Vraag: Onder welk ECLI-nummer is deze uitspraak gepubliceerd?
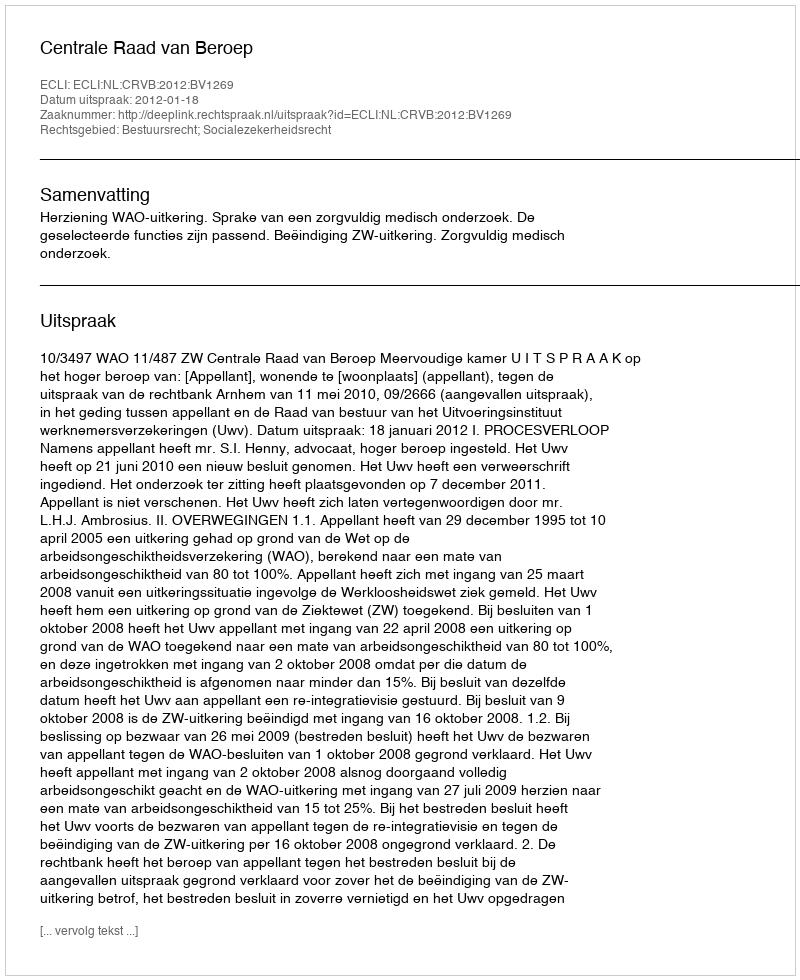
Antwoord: ECLI:NL:CRVB:2012:BV1269